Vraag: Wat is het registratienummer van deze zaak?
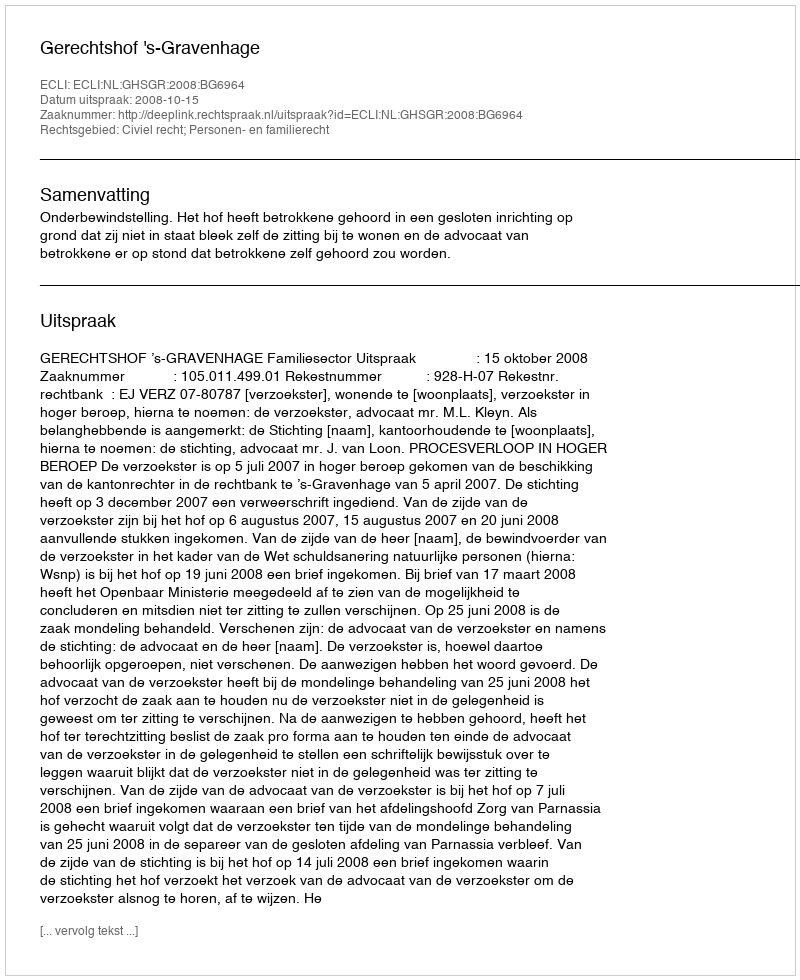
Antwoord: http://deeplink.rechtspraak.nl/uitspraak?id=ECLI:NL:GHSGR:2008:BG6964